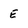
Character: E